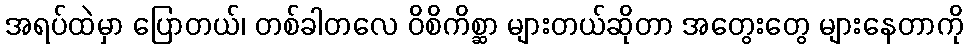
အရပ်ထဲမှာ ပြောတယ်၊ တစ်ခါတလေ ဝိစိကိစ္ဆာ များတယ်ဆိုတာ အတွေးတွေ များနေတာကို